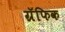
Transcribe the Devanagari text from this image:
ग्रॅफिक